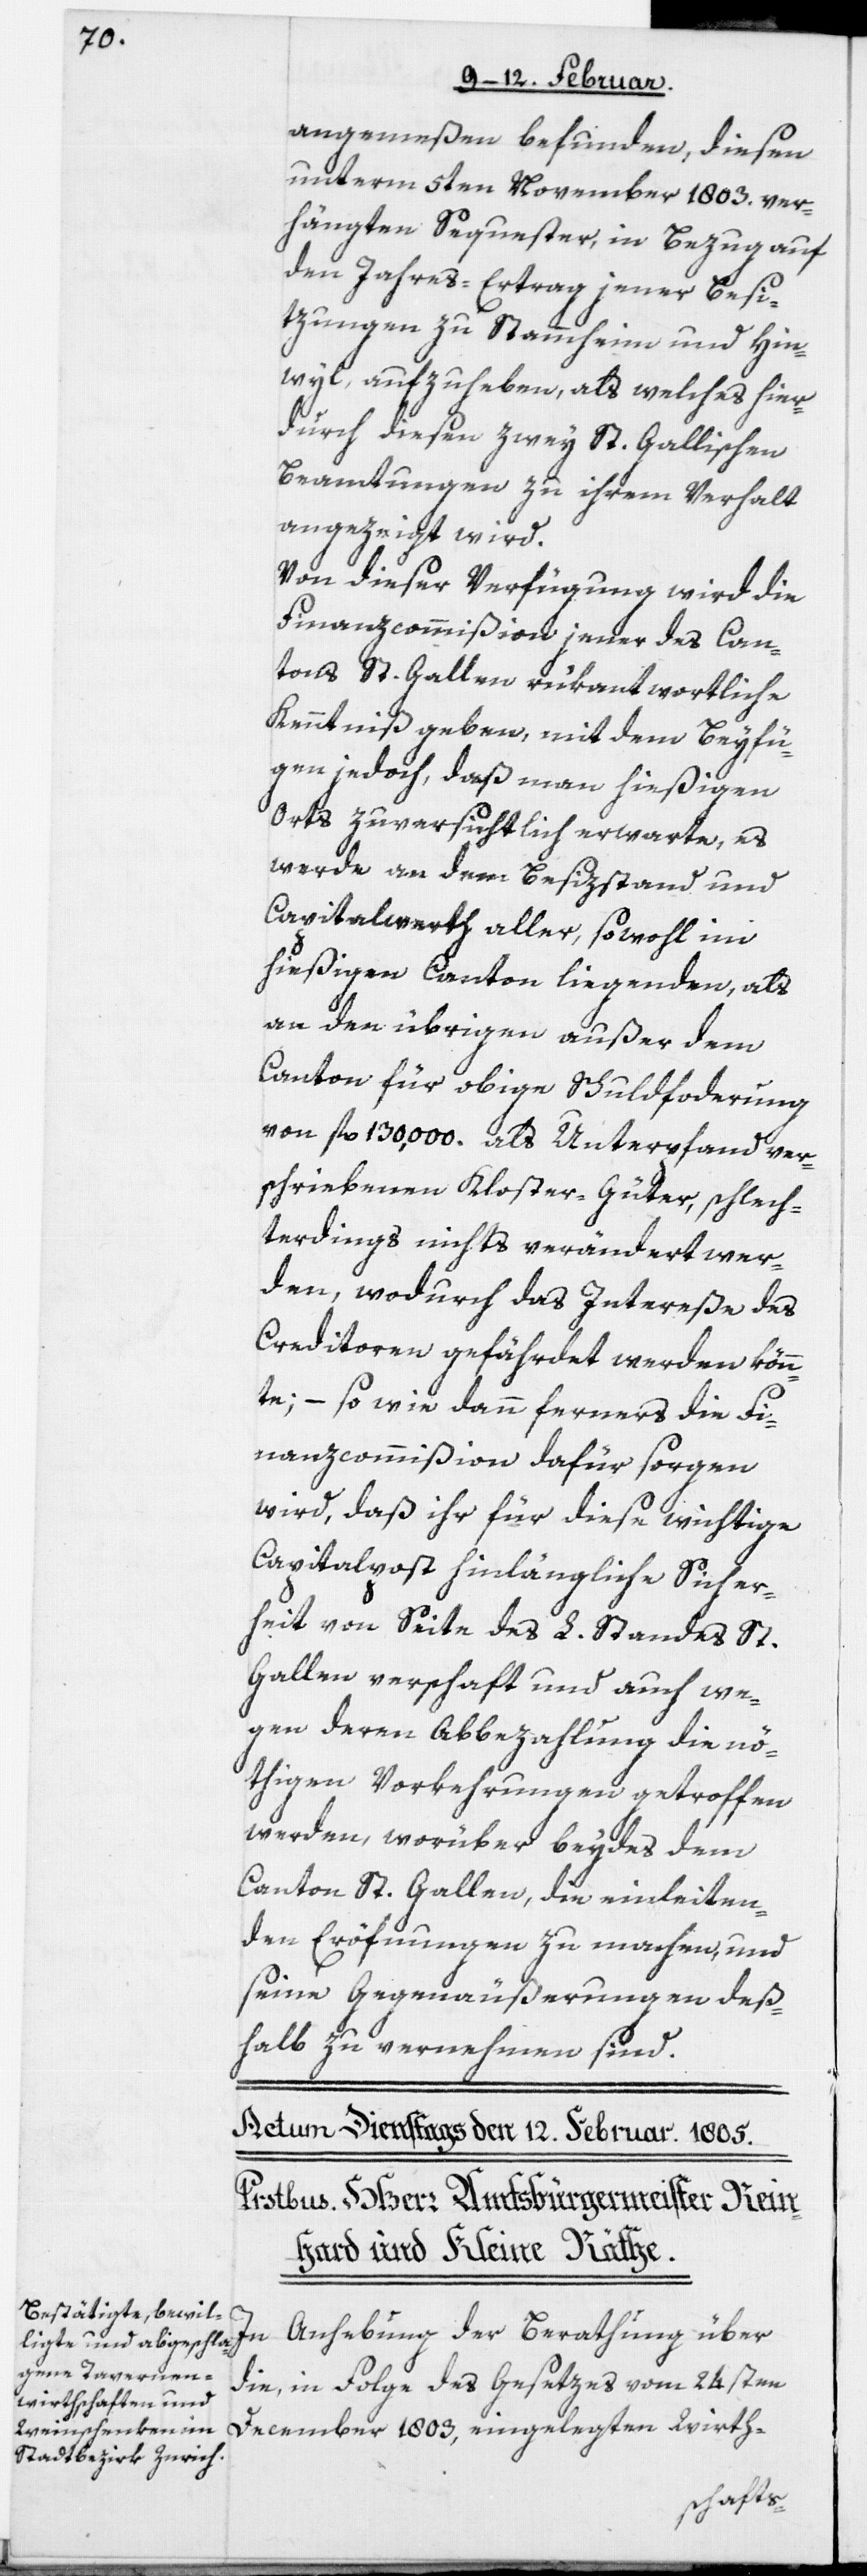
angemeßen befunden, diesen
unterm 5ten November 1803. ver¬
hängten Sequester, in Bezug auf
den Jahres-Ertrag jener Besi¬
tzungen zu Stammheim und Hin¬
wyl aufzuheben, als welches hier¬
durch diesen zwey St. Gallischen
Beamtungen zu ihrem Verhalt
angezeigt wird.
Von dieser Verfügung wird die
Finanzcommißion jener des Can¬
tons St. Gallen rükantwortliche
Kenntniß geben, mit dem Beyfü¬
gen jedoch, daß man hießigen
Orts zuversichtlich erwarte, es
werde an dem Besitzstand und
Capitalwerth aller, sowohl im
hießigen Canton liegenden, als
an den übrigen außer dem
Canton für obige Schuldforderung
von fl. 130,000. als Unterpfand ver¬
schrieben Kloster-Güter, schlech¬
terdings nichts verändert wer¬
den, wodurch das Intereße des
Creditoren gefährdet werden könn¬
te; – so wie dann ferners die Fi¬
nanzcommißion dafür sorgen
wird, daß ihr für diese wichtige
Capitalpost hinlängliche Sicher¬
heit von Seite des L. Standes St.
Gallen verschaft und auch we¬
gen deren Abbezahlung die nö¬
thigen Vorkehrungen getroffen
werden, worüber beydes dem
Canton St. Gallen, die einleiten¬
den Eröfnungen zu machen, und
seine Gegenäußerungen deß¬
halb zu vernehmen sind.
In Anhebung der Berathung über
die, in Folge des Gesetzes vom 24sten
December 1803, eingelegten Wirth-